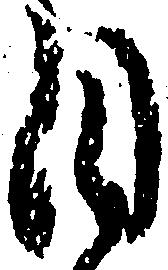
目